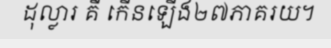
ដុល្លារ គឺ កើនឡើង២៧ភាគរយ។